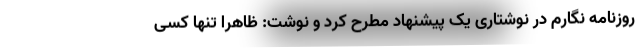
روزنامه نگارم در نوشتاری یک پیشنهاد مطرح کرد و نوشت: ظاهرا تنها کسی